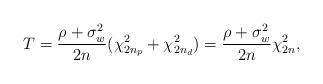
LaTeX: \begin{align*}T=\frac{\rho+\sigma_w^2}{2n}(\chi_{2n_p}^2+\chi_{2n_d}^2)=\frac{\rho+\sigma_w^2}{2n}\chi_{2n}^2,\end{align*}